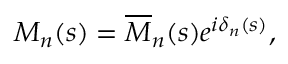
M _ { n } ( s ) = \overline { { { M } } } _ { n } ( s ) e ^ { i \delta _ { n } ( s ) } ,